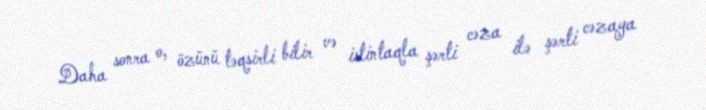
Daha sonra o, özünü təqsirli bilir və istintaqla şərti cəza ilə şərti cəzaya